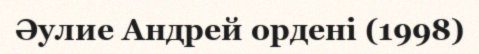
Әулие Андрей ордені (1998)